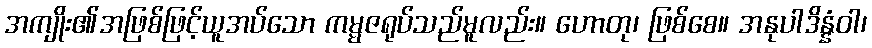
အကျိုး၏အဖြစ်ဖြင့်ယူအပ်သော ကမ္မဇရုပ်သည်မူလည်း။ ဟောတု၊ ဖြစ်စေ။ အနုပါဒိန္နံဝါ၊